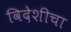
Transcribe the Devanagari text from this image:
विदेशीचा